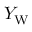
Y _ { \mathrm { W } }